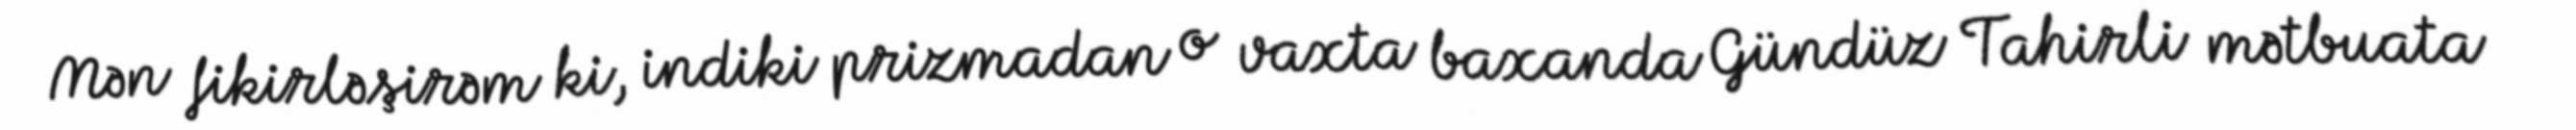
Mən fikirləşirəm ki, indiki prizmadan o vaxta baxanda Gündüz Tahirli mətbuata